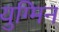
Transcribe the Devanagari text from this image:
युग्मिन